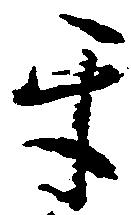
互